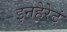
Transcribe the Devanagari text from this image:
इनहेरेटं